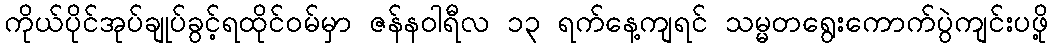
ကိုယ်ပိုင်အုပ်ချုပ်ခွင့်ရထိုင်ဝမ်မှာ ဇန်နဝါရီလ ၁၃ ရက်နေ့ကျရင် သမ္မတရွေးကောက်ပွဲကျင်းပဖို့